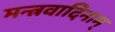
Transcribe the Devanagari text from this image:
मन्त्रवादिनाम्